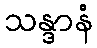
သန္ဒာနံ